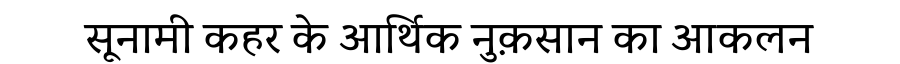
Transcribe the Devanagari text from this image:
सूनामी कहर के आर्थिक नुक़सान का आकलन